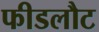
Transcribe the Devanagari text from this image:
फीडलौट